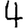
Digit: 4